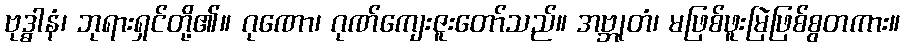
ဗုဒ္ဓါနံ၊ ဘုရားရှင်တို့၏။ ဂုဏော၊ ဂုဏ်ကျေးဇူးတော်သည်။ အဗ္ဘုတံ၊ မဖြစ်ဖူးမြဲဖြစ်စွတကား။